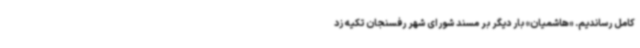
کامل رساندیم. «هاشمیان» بار دیگر بر مسند شورای شهر رفسنجان تکیه زد